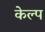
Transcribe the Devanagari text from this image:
केल्प